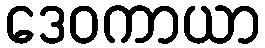
ဒေဝကာယာ